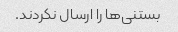
بستنی‌ها را ارسال نکردند.